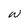
Character: w